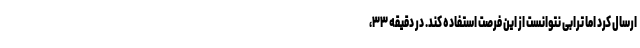
ارسال کرد اما ترابی نتوانست از این فرصت استفاده کند. در دقیقه ۳۳،